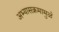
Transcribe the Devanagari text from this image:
अभ्यासक्रमामुळे